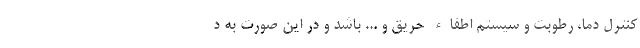
کنترل دما، رطوبت و سیستم اطفاء حریق و ... باشد و در این صورت به د